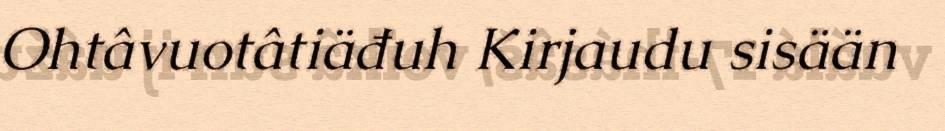
Ohtâvuotâtiäđuh Kirjaudu sisään